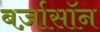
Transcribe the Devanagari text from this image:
बर्ज़ासॉन